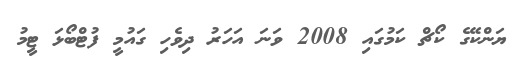
ޔަންކޭގެ ކޯޗް ކަމުގައި 2008 ވަނަ އަހަރު ދިވެހި ގައުމީ ފުޓްބޯޅަ ޓީމު